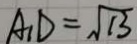
A _ { 1 } D = \sqrt { 1 3 }